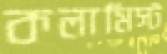
কলামিস্ট